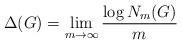
LaTeX: \begin{align*} \Delta (G) = \lim_{m\rightarrow \infty} \frac{\log N_m (G)}{m} \end{align*}